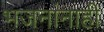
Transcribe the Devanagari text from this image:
भजनांनाही